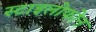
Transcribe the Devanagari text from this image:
स्टाइलोफोन